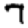
Digit: 7